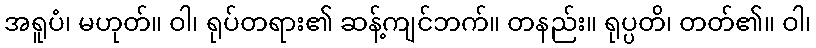
အရူပံ၊ မဟုတ်။ ဝါ၊ ရုပ်တရား၏ ဆန့်ကျင်ဘက်။ တနည်း။ ရုပ္ပတိ၊ တတ်၏။ ဝါ၊